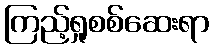
ကြည့်ရှုစစ်ဆေးရာ